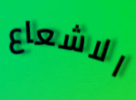
الاشعاع